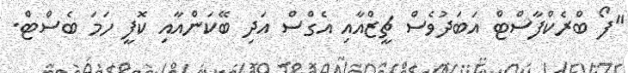
"ފޯ ބްރެކްފާސްޓް އަބަދުވެސް ޗީޒްއާއި އެގްސް އަދި ބޭކަންއާއި ކޮފީ ހަމަ ބެސްޓް.